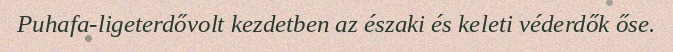
Puhafa-ligeterdővolt kezdetben az északi és keleti véderdők őse.